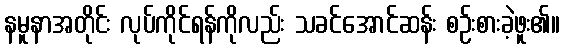
နမူနာအတိုင်း လုပ်ကိုင်ရန်ကိုလည်း သခင်အောင်ဆန်း စဉ်းစားခဲ့ဖူး၏။